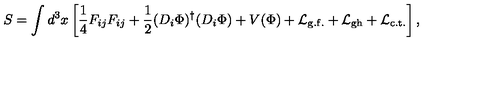
S = \int d ^ { 3 } x \left[ \frac { 1 } { 4 } F _ { i j } F _ { i j } + \frac { 1 } { 2 } ( D _ { i } \Phi ) ^ { \dagger } ( D _ { i } \Phi ) + V ( \Phi ) + { \cal L } _ { \mathrm { g . f . } } + { \cal L } _ { \mathrm { g h } } + { \cal L } _ { \mathrm { c . t . } } \right] ,